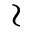
\wr